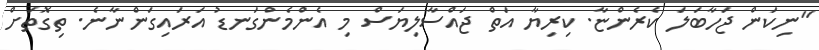
"ނިކަން ޖަހާބަލަ ކެރެންޏާ. ކިރިޔާ އަތް ޖައްސާލިޔަސް މި އެންމެންގަނޑު އަރައިގަންނާނެ. ތިގޮތަށް